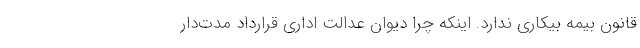
قانون بیمه بیکاری ندارد. اینکه چرا دیوان عدالت اداری قرارداد مدت‌دار